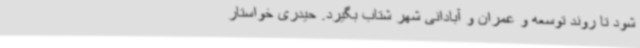
شود تا روند توسعه و عمران و آبادانی شهر شتاب بگیرد. حیدری خواستار